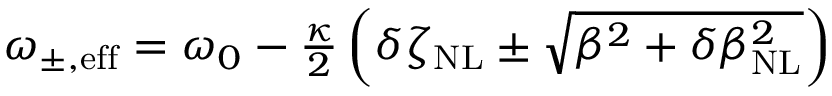
\begin{array} { r } { \omega _ { \mathrm { \pm , e f f } } = \omega _ { 0 } - \frac { \kappa } { 2 } \left( \delta \zeta _ { \mathrm { N L } } \pm \sqrt { \beta ^ { 2 } + \delta \beta _ { \mathrm { N L } } ^ { 2 } } \right) } \end{array}